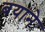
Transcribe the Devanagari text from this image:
बयाने